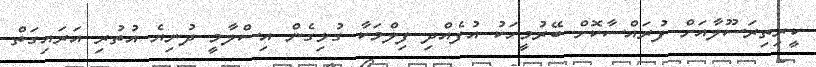
ކީރިތިރަސޫލާއަށް ފުރައްސާކޮށް ބޭރުމީހަކު އުފެއްދި ފިލްމަކާ ގުޅިގެން އިސްލާމީ ދުނިޔެ އުތުރި އަރައިގަތް